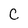
Character: C